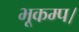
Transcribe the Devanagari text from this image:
भूकम्प।